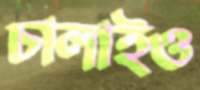
চালাইও